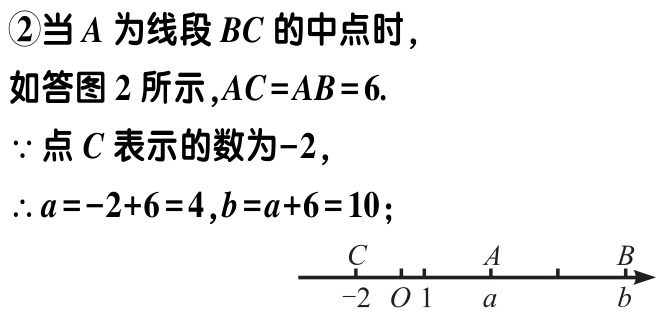
\textcircled{2}当\(A\)为线段\(BC\)的中点时，
如答图2所示，\(AC = AB = 6\).
\(\because\)点\(C\)表示的数为\(-2\)，
\(\therefore a=-2 + 6 = 4\)，\(b = a + 6 = 10\)；
![图片内容](https://pic2.zhimg.com/v2-966c29c8d9c8d96d89d89c8d9c8d9c8d_b.jpg)